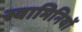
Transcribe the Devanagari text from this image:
स्वामिनियों